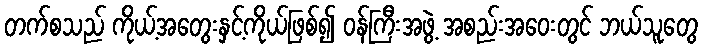
တက်စသည် ကိုယ့်အတွေးနှင့်ကိုယ်ဖြစ်၍ ဝန်ကြီးအဖွဲ့ အစည်းအဝေးတွင် ဘယ်သူတွေ